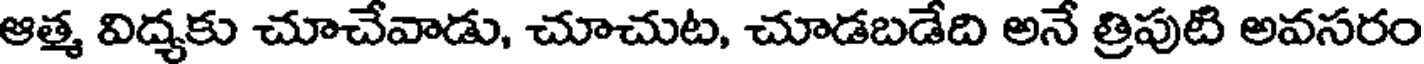
ఆత్మ విద్యకు చూచేవాడు, చూచుట, చూడబడేది అనే త్రిపుటి అవసరం